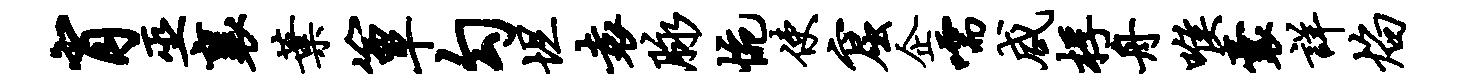
肖巫襄叶簟勾坦袁脉惋使窟企嚅咸桴舟喉囊详焰